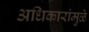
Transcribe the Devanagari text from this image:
अधिकारांमुळे